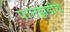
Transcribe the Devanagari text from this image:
पानझडीचे